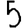
Digit: 5